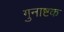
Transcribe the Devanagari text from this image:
गुनाष्टक